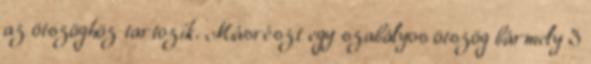
az ötszöghöz tartozik. Másrészt egy szabályos ötszög bármely 3